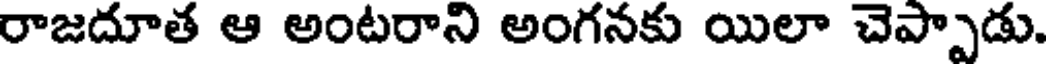
రాజదూత ఆ అంటరాని అంగనకు యిలా చెప్పాడు.